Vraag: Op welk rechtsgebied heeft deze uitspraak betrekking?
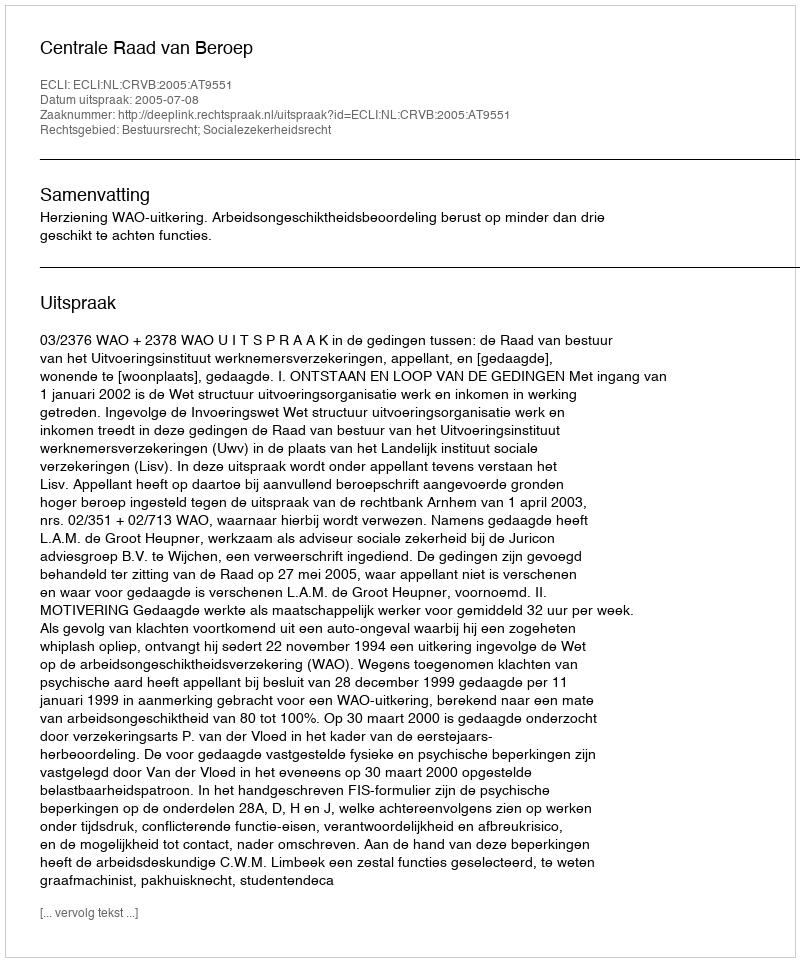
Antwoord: Bestuursrecht; Socialezekerheidsrecht